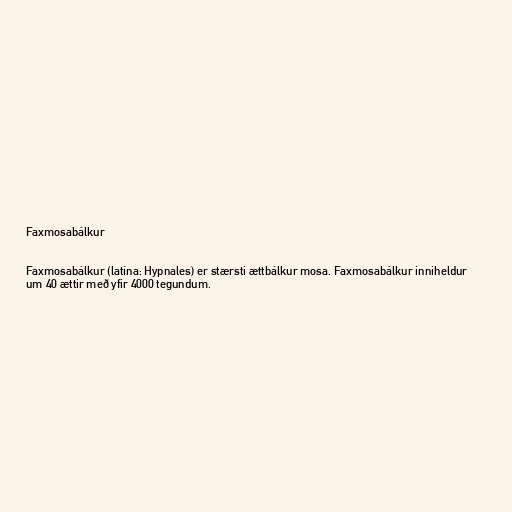
Faxmosabálkur

Faxmosabálkur (latína: Hypnales) er stærsti ættbálkur mosa. Faxmosabálkur inniheldur
um 40 ættir með yfir 4000 tegundum.